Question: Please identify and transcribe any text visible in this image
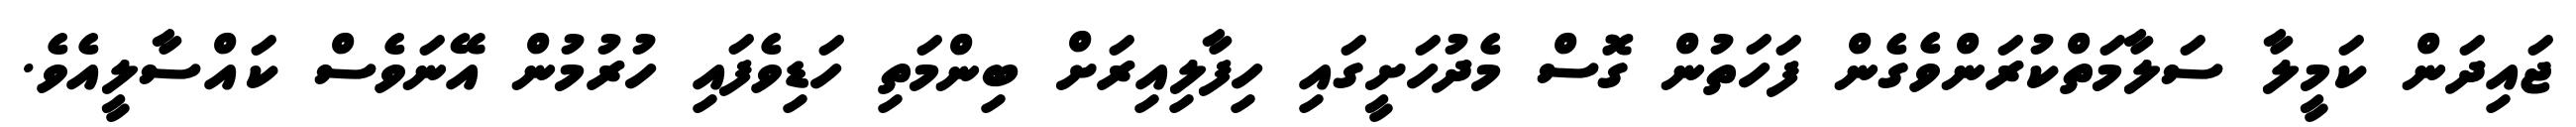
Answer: ޖައިދަން ކަމީލާ ސަލާމަތްކުރަންވެގެން ފަހަތުން ގޮސް މެދުހަށީގައި ހިފާލިއިރަށް ބިންމަތި ހަޑިވެފައި ހުރުމުން އޭނަވެސް ކައްސާލީއެވެ.